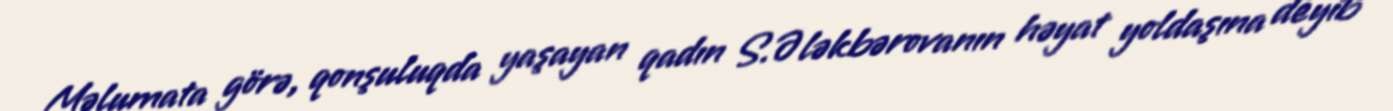
Məlumata görə, qonşuluqda yaşayan qadın S.Ələkbərovanın həyat yoldaşına deyib